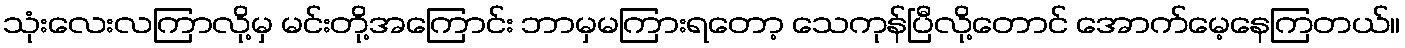
သုံးလေးလကြာလို့မှ မင်းတို့အကြောင်း ဘာမှမကြားရတော့ သေကုန်ပြီလို့တောင် အောက်မေ့နေကြတယ်။